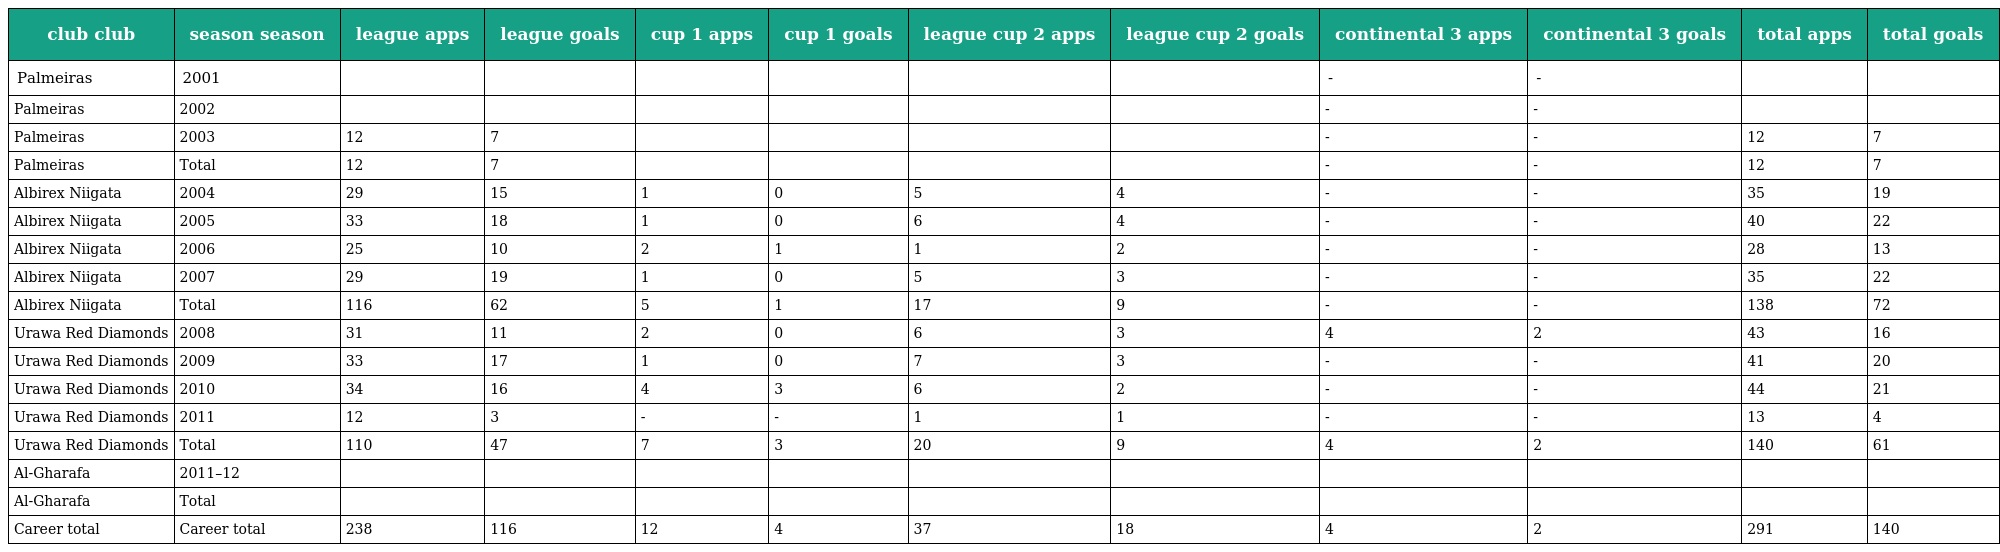
| club club | season season | league apps | league goals | cup 1 apps | cup 1 goals | league cup 2 apps | league cup 2 goals | continental 3 apps | continental 3 goals | total apps | total goals |
 | --- | --- | --- | --- | --- | --- | --- | --- | --- | --- | --- | --- |
 | Palmeiras | 2001 |  |  |  |  |  |  | - | - |  |  |
 | Palmeiras | 2002 |  |  |  |  |  |  | - | - |  |  |
 | Palmeiras | 2003 | 12 | 7 |  |  |  |  | - | - | 12 | 7 |
 | Palmeiras | Total | 12 | 7 |  |  |  |  | - | - | 12 | 7 |
 | Albirex Niigata | 2004 | 29 | 15 | 1 | 0 | 5 | 4 | - | - | 35 | 19 |
 | Albirex Niigata | 2005 | 33 | 18 | 1 | 0 | 6 | 4 | - | - | 40 | 22 |
 | Albirex Niigata | 2006 | 25 | 10 | 2 | 1 | 1 | 2 | - | - | 28 | 13 |
 | Albirex Niigata | 2007 | 29 | 19 | 1 | 0 | 5 | 3 | - | - | 35 | 22 |
 | Albirex Niigata | Total | 116 | 62 | 5 | 1 | 17 | 9 | - | - | 138 | 72 |
 | Urawa Red Diamonds | 2008 | 31 | 11 | 2 | 0 | 6 | 3 | 4 | 2 | 43 | 16 |
 | Urawa Red Diamonds | 2009 | 33 | 17 | 1 | 0 | 7 | 3 | - | - | 41 | 20 |
 | Urawa Red Diamonds | 2010 | 34 | 16 | 4 | 3 | 6 | 2 | - | - | 44 | 21 |
 | Urawa Red Diamonds | 2011 | 12 | 3 | - | - | 1 | 1 | - | - | 13 | 4 |
 | Urawa Red Diamonds | Total | 110 | 47 | 7 | 3 | 20 | 9 | 4 | 2 | 140 | 61 |
 | Al-Gharafa | 2011–12 |  |  |  |  |  |  |  |  |  |  |
 | Al-Gharafa | Total |  |  |  |  |  |  |  |  |  |  |
 | Career total | Career total | 238 | 116 | 12 | 4 | 37 | 18 | 4 | 2 | 291 | 140 |